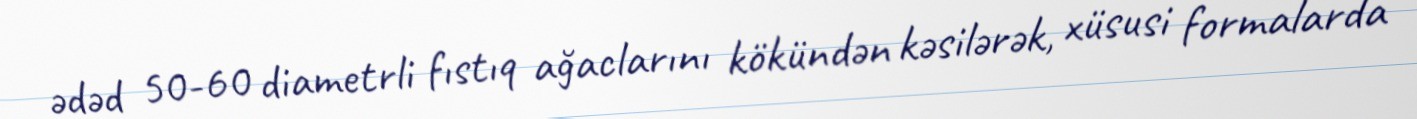
ədəd 50-60 diametrli fıstıq ağaclarını kökündən kəsilərək, xüsusi formalarda